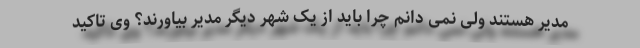
مدیر هستند ولی نمی دانم چرا باید از یک شهر دیگر مدیر بیاورند؟ وی تاکید